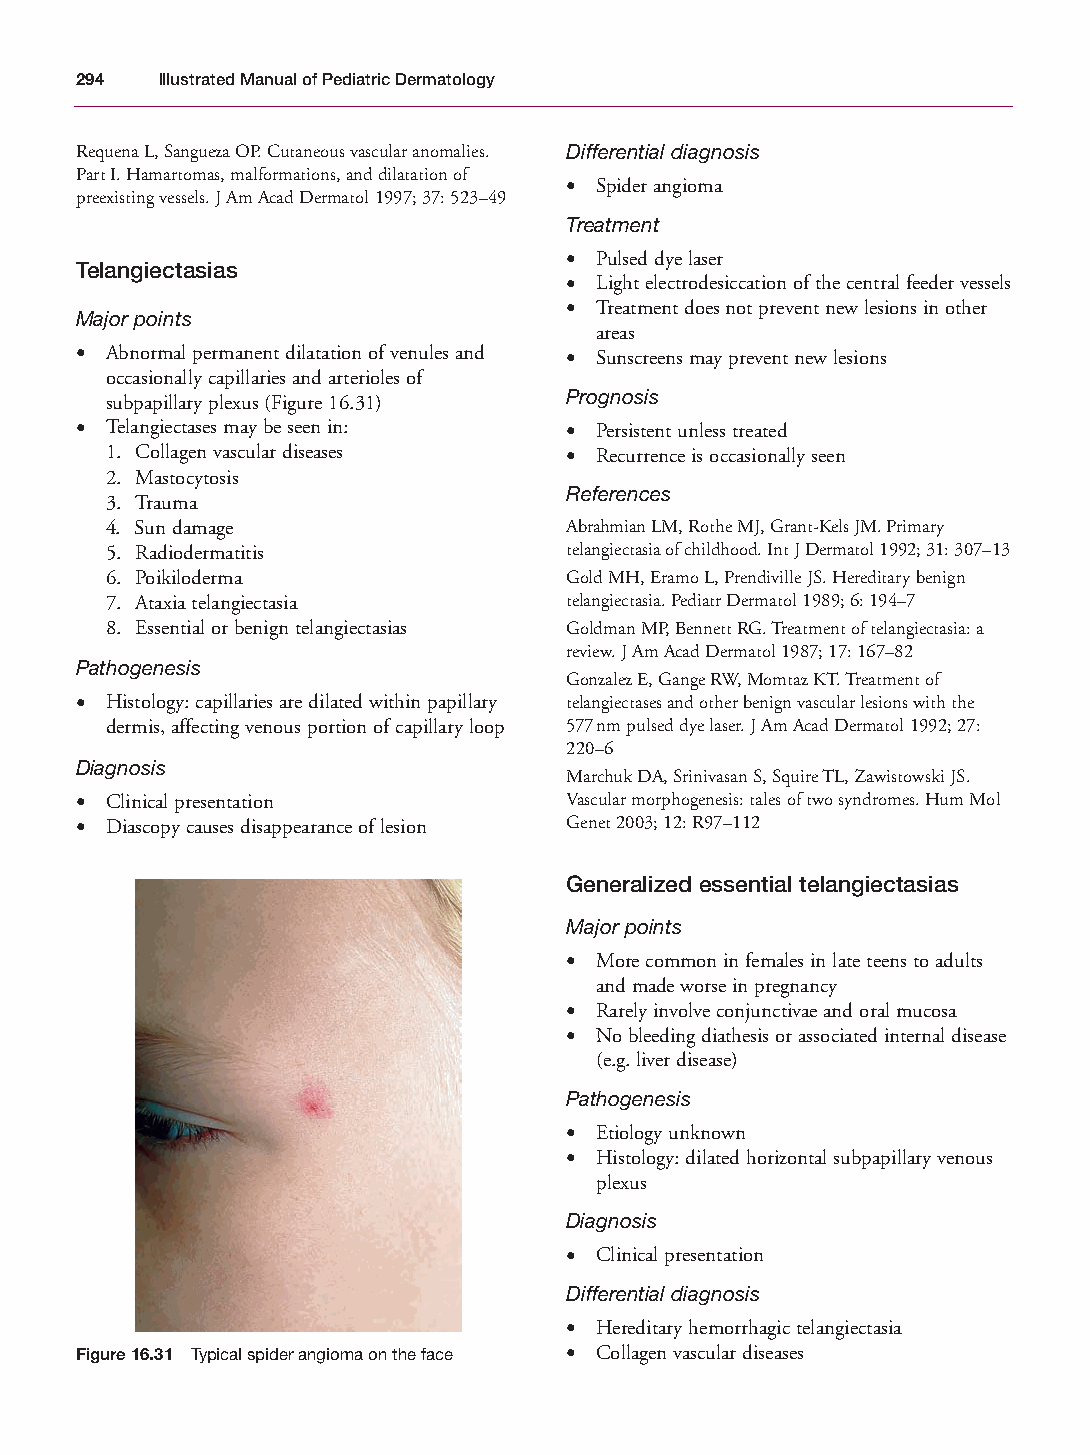
Mallory Chapter 16 27/1/05 2:49 pm Page 294
 294  Illustrated Manual of Pediatric Dermatology
 Requena L, Sangueza OP. Cutaneous vascular anomalies. Differential diagnosis
 Part I. Hamartomas, malformations, and dilatation of
 • Spider angioma
 preexisting vessels. J Am Acad Dermatol 1997; 37: 523–49
 Treatment
 • Pulsed dye laser
 Telangiectasias
 • Light electrodesiccation of the central feeder vessels
 • Treatment does not prevent new lesions in other
 Major points
 areas
 • Abnormal permanent dilatation of venules and • Sunscreens may prevent new lesions
 occasionally capillaries and arterioles of
 Prognosis
 subpapillary plexus (Figure 16.31)
 • Telangiectases may be seen in: • Persistent unless treated
 1. Collagen vascular diseases • Recurrence is occasionally seen
 2. Mastocytosis
 References
 3. Trauma
 4. Sun damage                 Abrahmian LM, Rothe MJ, Grant-Kels JM. Primary
 5. Radiodermatitis            telangiectasia of childhood. Int J Dermatol 1992; 31: 307–13
 6. Poikiloderma               Gold MH, Eramo L, Prendiville JS. Hereditary benign
 7. Ataxia telangiectasia      telangiectasia. Pediatr Dermatol 1989; 6: 194–7
 8. Essential or benign telangiectasias Goldman MP, Bennett RG. Treatment of telangiectasia: a
 review. J Am Acad Dermatol 1987; 17: 167–82
 Pathogenesis
 Gonzalez E, Gange RW, Momtaz KT. Treatment of
 • Histology: capillaries are dilated within papillary telangiectases and other benign vascular lesions with the
 dermis, affecting venous portion of capillary loop 577nm pulsed dye laser. J Am Acad Dermatol 1992; 27:
 220–6
 Diagnosis
 Marchuk DA, Srinivasan S, Squire TL, Zawistowski JS.
 • Clinical presentation         Vascular morphogenesis: tales of two syndromes. Hum Mol
 • Diascopy causes disappearance of lesion Genet 2003; 12: R97–112
 Generalized essential telangiectasias
 Major points
 • More common in females in late teens to adults
 and made worse in pregnancy
 • Rarely involve conjunctivae and oral mucosa
 • No bleeding diathesis or associated internal disease
 (e.g. liver disease)
 Pathogenesis
 • Etiology unknown
 • Histology: dilated horizontal subpapillary venous
 plexus
 Diagnosis
 • Clinical presentation
 Differential diagnosis
 • Hereditary hemorrhagic telangiectasia
 Figure 16.31 Typical spider angioma on the face • Collagen vascular diseases